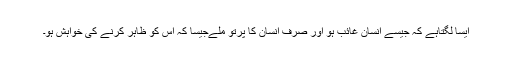
ایسا لگتاہے کہ جیسے انسان غائب ہو اور صرف انسان کا پرتو ملےجیسا کہ اس کو ظاہر کرنے کی خواہش ہو۔